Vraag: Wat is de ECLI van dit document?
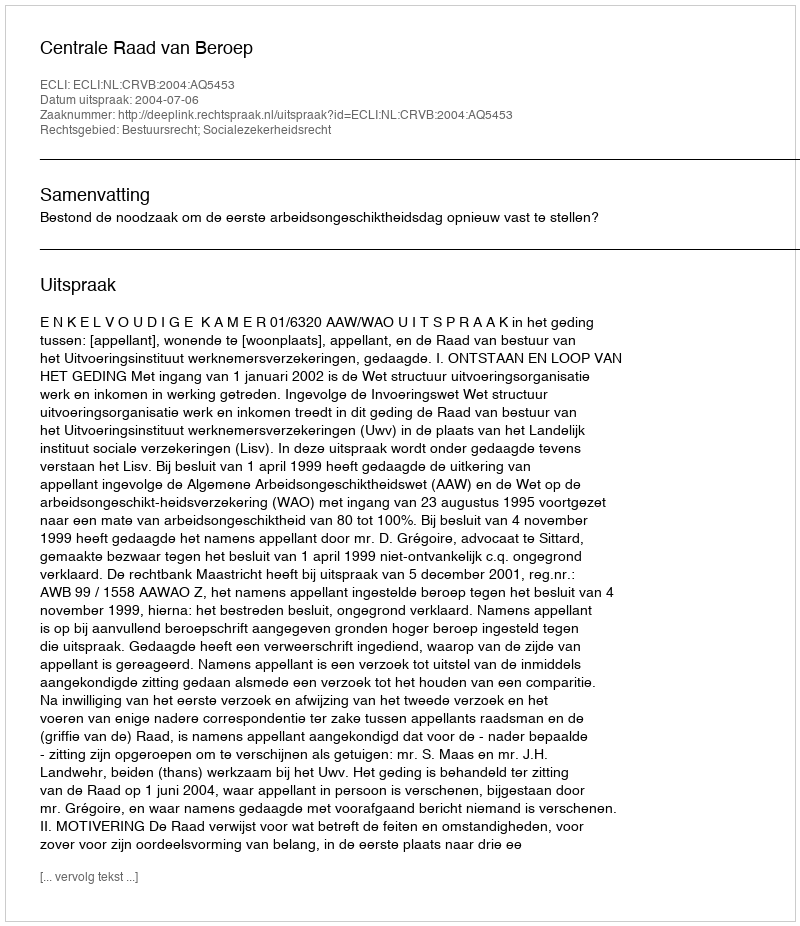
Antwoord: ECLI:NL:CRVB:2004:AQ5453